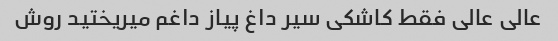
عالی عالی فقط کاشکی سیر داغ پیاز داغم میریختید روش